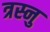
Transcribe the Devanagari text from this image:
त्रस्नु